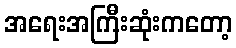
အရေးအကြီးဆုံးကတော့